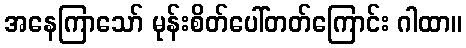
အနေကြာသော် မုန်းစိတ်ပေါ်တတ်ကြောင်း ဂါထာ။